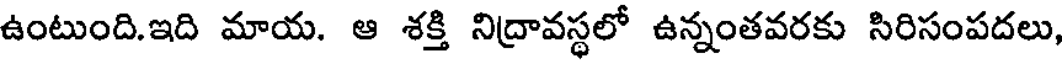
ఉంటుంది.ఇది మాయ. ఆ శక్తి నిద్రావస్థలో ఉన్నంతవరకు సిరిసంపదలు,